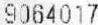
9064017